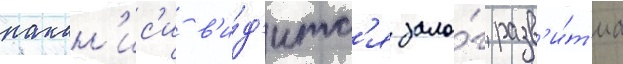
накан'ис'и в'и́д'итс'я зало́г разв'и́т'иа